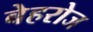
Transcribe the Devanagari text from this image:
बेहरोज